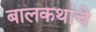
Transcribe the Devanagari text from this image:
बालकथांचे